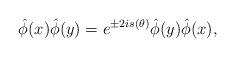
LaTeX: \begin{align*} \hat{\phi}(x) \hat{\phi}(y) = e^{\pm 2i s (\theta)} \hat{\phi}(y) \hat{\phi}(x),\end{align*}